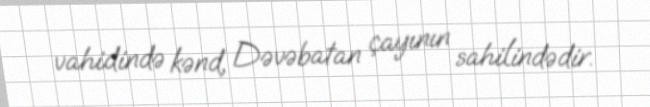
vahidində kənd, Dəvəbatan çayının sahilindədir.